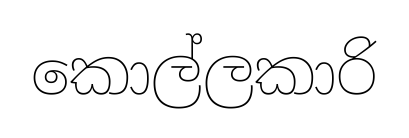
කොල්ලකාරි